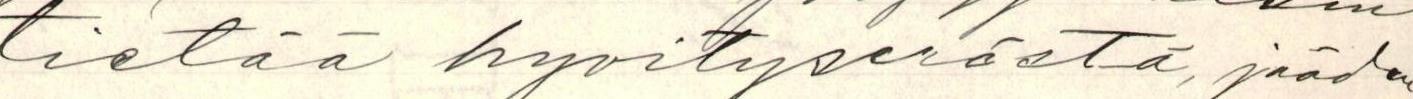
tietää hyvityserästä, jääden